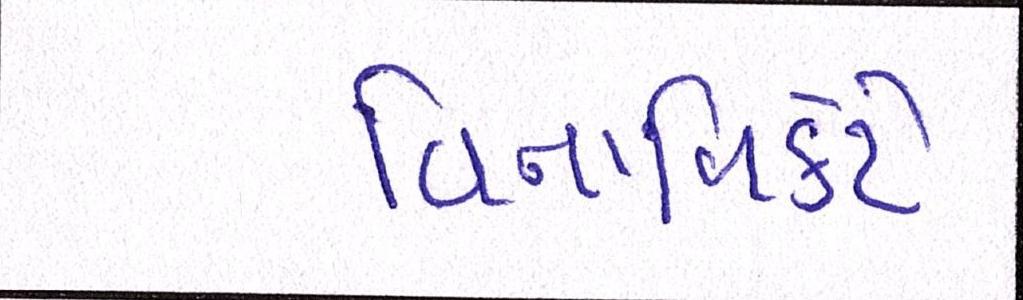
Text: વિનાવિકેટે